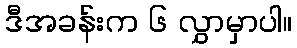
ဒီအခန်းက ၆ လွှာမှာပါ။